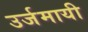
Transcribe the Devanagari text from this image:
उर्जमायी